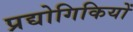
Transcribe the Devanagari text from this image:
प्रद्योगिकियों